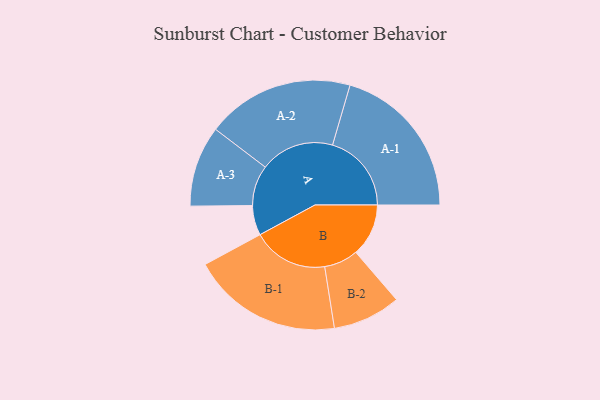
{"axis": {"x": "Segment", "y": "Value"}, "legend": ["", "A", "B"], "data": [{"x": "A", "y": 107, "type": ""}, {"x": "B", "y": 189, "type": ""}, {"x": "A-1", "y": 283, "type": "A"}, {"x": "A-2", "y": 265, "type": "A"}, {"x": "A-3", "y": 145, "type": "A"}, {"x": "B-1", "y": 271, "type": "B"}, {"x": "B-2", "y": 122, "type": "B"}]}